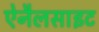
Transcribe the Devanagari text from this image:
ऐनैलसाइट